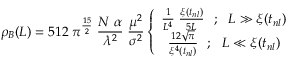
\rho _ { B } ( L ) = 5 1 2 \; \pi ^ { \frac { 1 5 } { 2 } } \; \frac { N \; \alpha } { \lambda ^ { 2 } } \; \frac { \mu ^ { 2 } } { \sigma ^ { 2 } } \left\{ \begin{array} { c } { { \frac { 1 } { L ^ { 4 } } \; \frac { \xi ( t _ { n l } ) } { 5 L } ~ ~ ; ~ ~ L \gg \xi ( t _ { n l } ) } } \\ { { \frac { 1 2 \sqrt { \pi } } { \xi ^ { 4 } ( t _ { n l } ) } ~ ~ ; ~ ~ L \ll \xi ( t _ { n l } ) } } \end{array} \right.